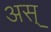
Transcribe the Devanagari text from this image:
अस्‌